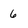
Character: 6